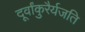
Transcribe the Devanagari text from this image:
दूर्वांकुरैर्यजति